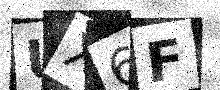
Text: UX6F